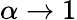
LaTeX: \alpha\rightarrow 1